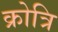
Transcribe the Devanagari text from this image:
क्रोत्रि